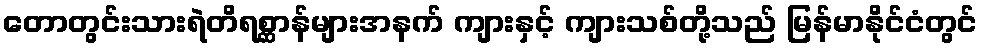
တောတွင်းသားရဲတိရစ္ဆာန်များအနက် ကျားနှင့် ကျားသစ်တို့သည် မြန်မာနိုင်ငံတွင်